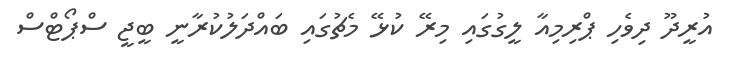
އުރީދޫ ދިވެހި ޕްރިމިއާ ލީގުގައި މިރޭ ކުޅޭ މެޗުގައި ބައްދަލުކުރާނީ ބީޖީ ސްޕޯޓްސް